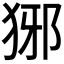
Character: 𤞡